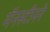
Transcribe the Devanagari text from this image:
मॅनस्टीनने